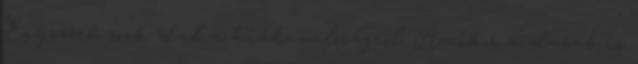
Egyszerű rock dal a hiábavalóságról. Amikor a darab is